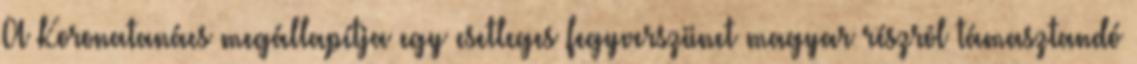
A Koronatanács megállapítja egy esetleges fegyverszünet magyar részrõl támasztandó